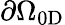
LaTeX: \partial\Omega_{0\mathrm{D}}